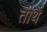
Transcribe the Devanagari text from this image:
तीर्थै